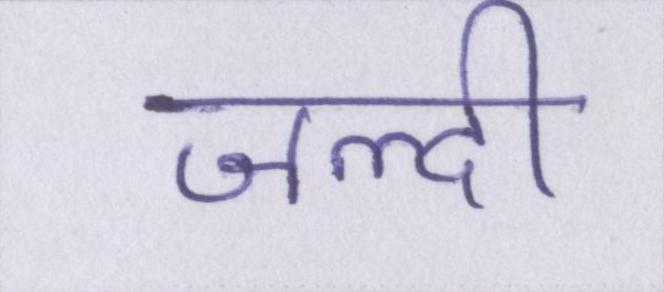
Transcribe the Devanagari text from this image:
जल्दी